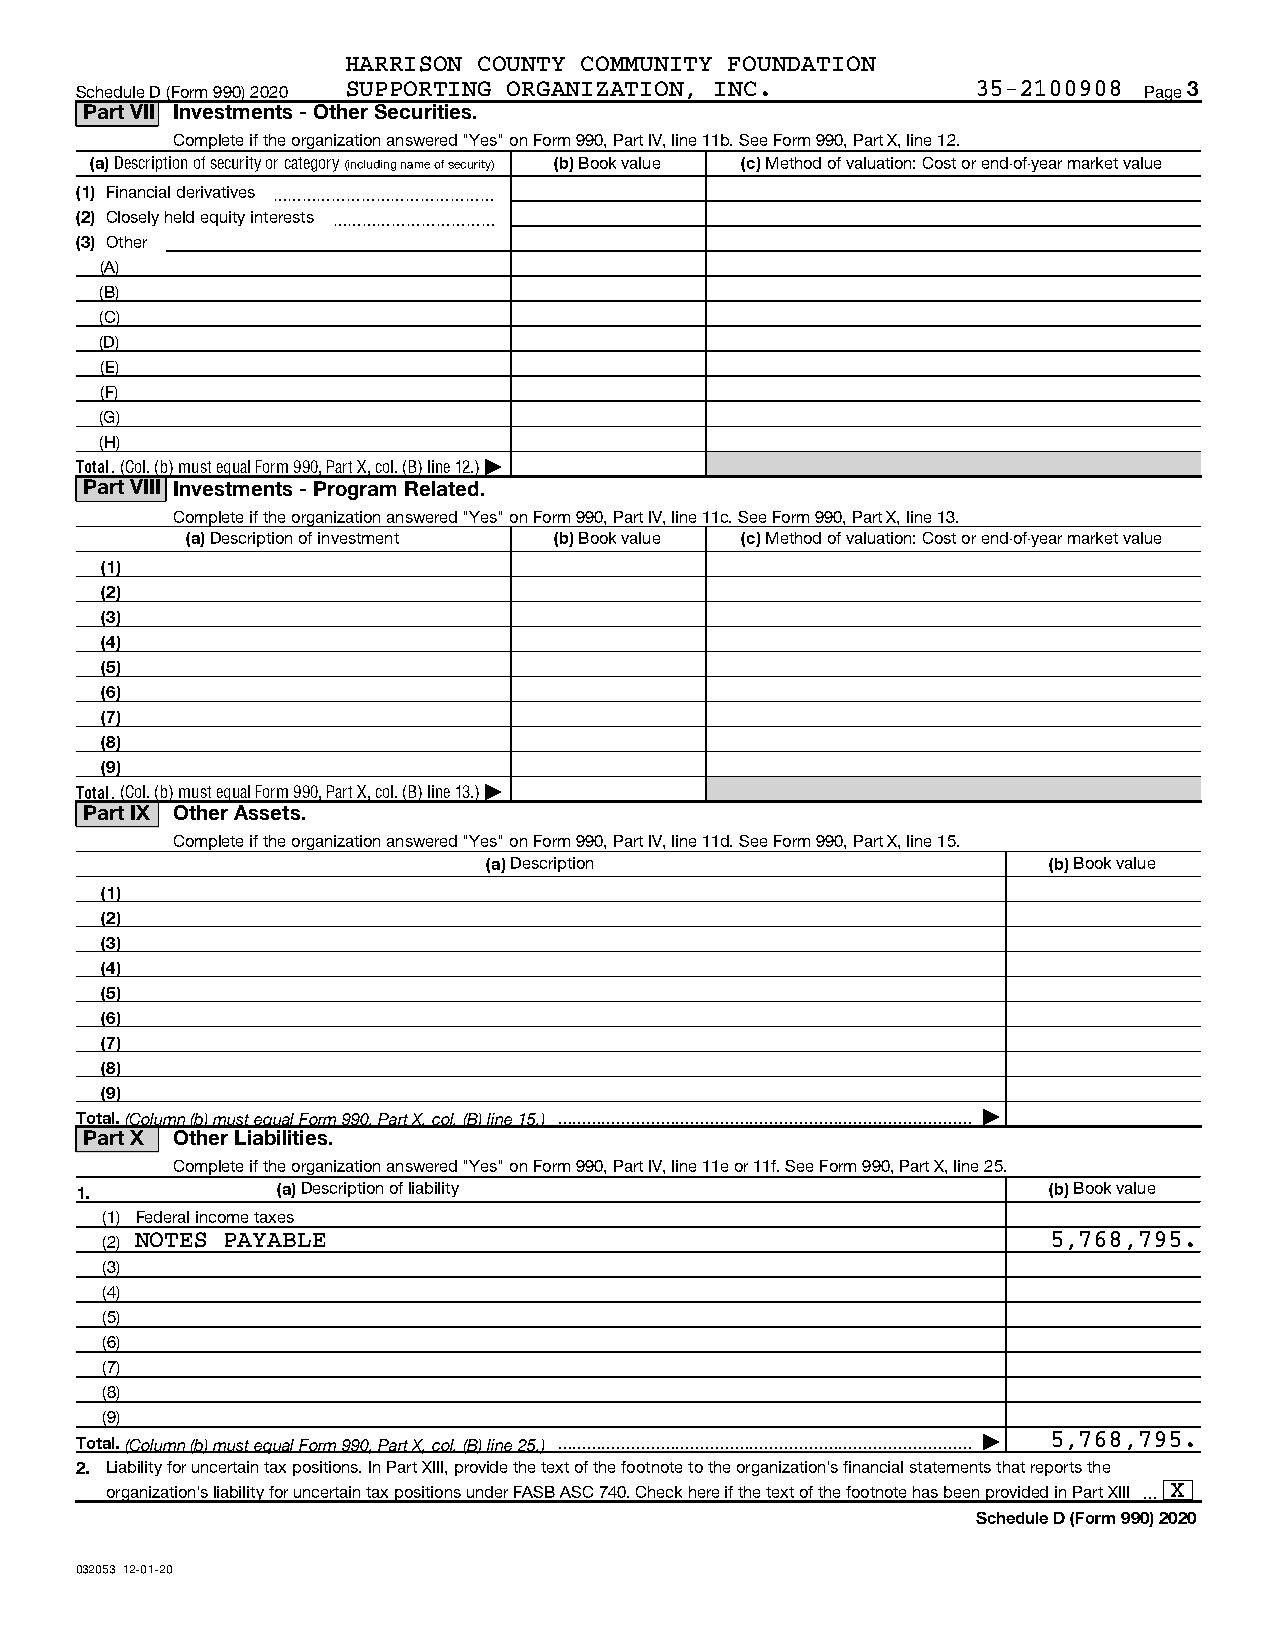
HARRISON COUNTY COMMUNITY FOUNDATION
 Schedule D (Form 990) 2020 SUPPORTING ORGANIZATION, INC.    35-2100908 Page 3
 Part VII Investments - Other Securities.
 Complete if the organization answered "Yes" on Form 990, Part IV, line 11b. See Form 990, Part X, line 12.
 (a) Description of security or category (including name of security) (b) Book value (c) Method of valuation: Cost or end-of-year market value
 (1) Financial derivatives ~~~~~~~~~~~~~~~
 (2) Closely held equity interests ~~~~~~~~~~~
 (3) Other
 (A)
 (B)
 (C)
 (D)
 (E)
 (F)
 (G)
 (H)
 Total. (Col. (b) must equal Form 990, Part X, col. (B) line 12.) |
 Part VIII Investments - Program Related.
 Complete if the organization answered "Yes" on Form 990, Part IV, line 11c. See Form 990, Part X, line 13.
 (a) Description of investment (b) Book value (c) Method of valuation: Cost or end-of-year market value
 (1)
 (2)
 (3)
 (4)
 (5)
 (6)
 (7)
 (8)
 (9)
 Total. (Col. (b) must equal Form 990, Part X, col. (B) line 13.) |
 Part IX Other Assets.
 Complete if the organization answered "Yes" on Form 990, Part IV, line 11d. See Form 990, Part X, line 15.
 (a) Description                      (b) Book value
 (1)
 (2)
 (3)
 (4)
 (5)
 (6)
 (7)
 (8)
 (9)
 Total. (Column (b) must equal Form 990, Part X, col. (B) line 15.)  |
 Part X Other Liabilities.
 Complete if the organization answered "Yes" on Form 990, Part IV, line 11e or 11f. See Form 990, Part X, line 25.
 1.           (a) Description of liability                       (b) Book value
 (1) Federal income taxes
 (2) NOTES PAYABLE                                              5,768,795.
 (3)
 (4)
 (5)
 (6)
 (7)
 (8)
 (9)
 Total. (Column (b) must equal Form 990, Part X, col. (B) line 25.)  | 5,768,795.
 2. Liability for uncertain tax positions. In Part XIII, provide the text of the footnote to the organization's financial statements that reports the
 organization's liability for uncertain tax positions under FASB ASC 740. Check here if the text of the footnote has been provided in Part XIII  X
 Schedule D (Form 990) 2020
 032053 12-01-20